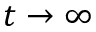
t \to \infty